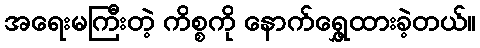
အရေးမကြီးတဲ့ ကိစ္စကို နောက်ရွှေ့ထားခဲ့တယ်။